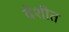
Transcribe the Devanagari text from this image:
वेशीत